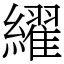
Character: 䌦